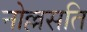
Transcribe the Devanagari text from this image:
नोल्लसति